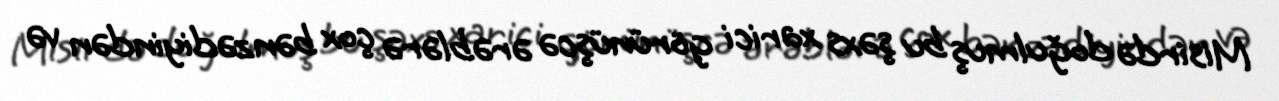
Misirdə doğulmuş bu şəxs xarici görünüşcə ərəblərə çox bənzədiyindən və